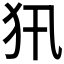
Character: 𤜢